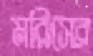
মরিসের